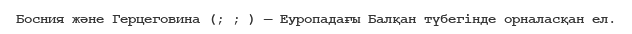
Босния және Герцеговина (; ; ) — Еуропадағы Балқан түбегінде орналасқан ел.